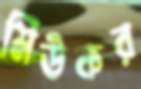
মিউকর